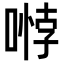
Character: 𭉱